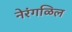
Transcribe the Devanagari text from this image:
नेरंगळिल